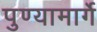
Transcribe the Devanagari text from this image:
पुण्यामार्गे